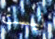
ليست